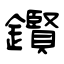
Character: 鑦